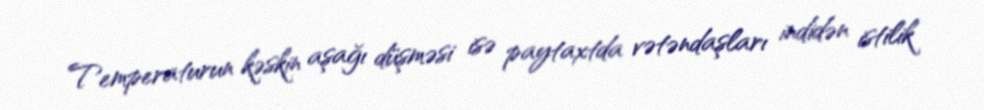
Temperaturun kəskin aşağı düşməsi isə paytaxtda vətəndaşları indidən istilik